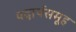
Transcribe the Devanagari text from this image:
पदार्थसमूह